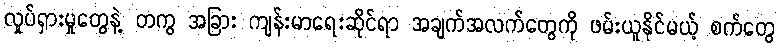
လှုပ်ရှားမှုတွေနဲ့ တကွ အခြား ကျန်းမာရေးဆိုင်ရာ အချက်အလက်တွေကို ဖမ်းယူနိုင်မယ့် စက်တွေ